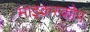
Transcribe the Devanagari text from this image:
माइक्रस्कोप